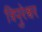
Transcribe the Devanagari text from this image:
त्रिपुरेश्वर